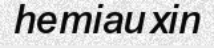
hemiauxin